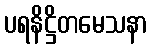
ပရနိဋ္ဌိတမေသနာ